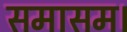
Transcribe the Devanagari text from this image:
समासम।